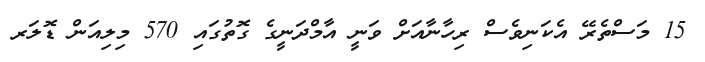
15 މަސްތެރޭ އެކަނިވެސް ރިހާނާއަށް ވަނީ އާމްދަނީގެ ގޮތުގައި 570 މިލިއަން ޑޮލަރ